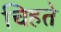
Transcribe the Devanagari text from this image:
चिहते